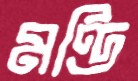
মণ্ডি